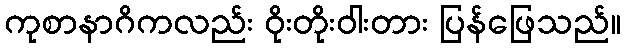
ကုစာနာဂိကလည်း ဝိုးတိုးဝါးတား ပြန်ဖြေသည်။